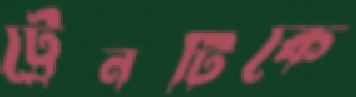
ট্রেনটিকে